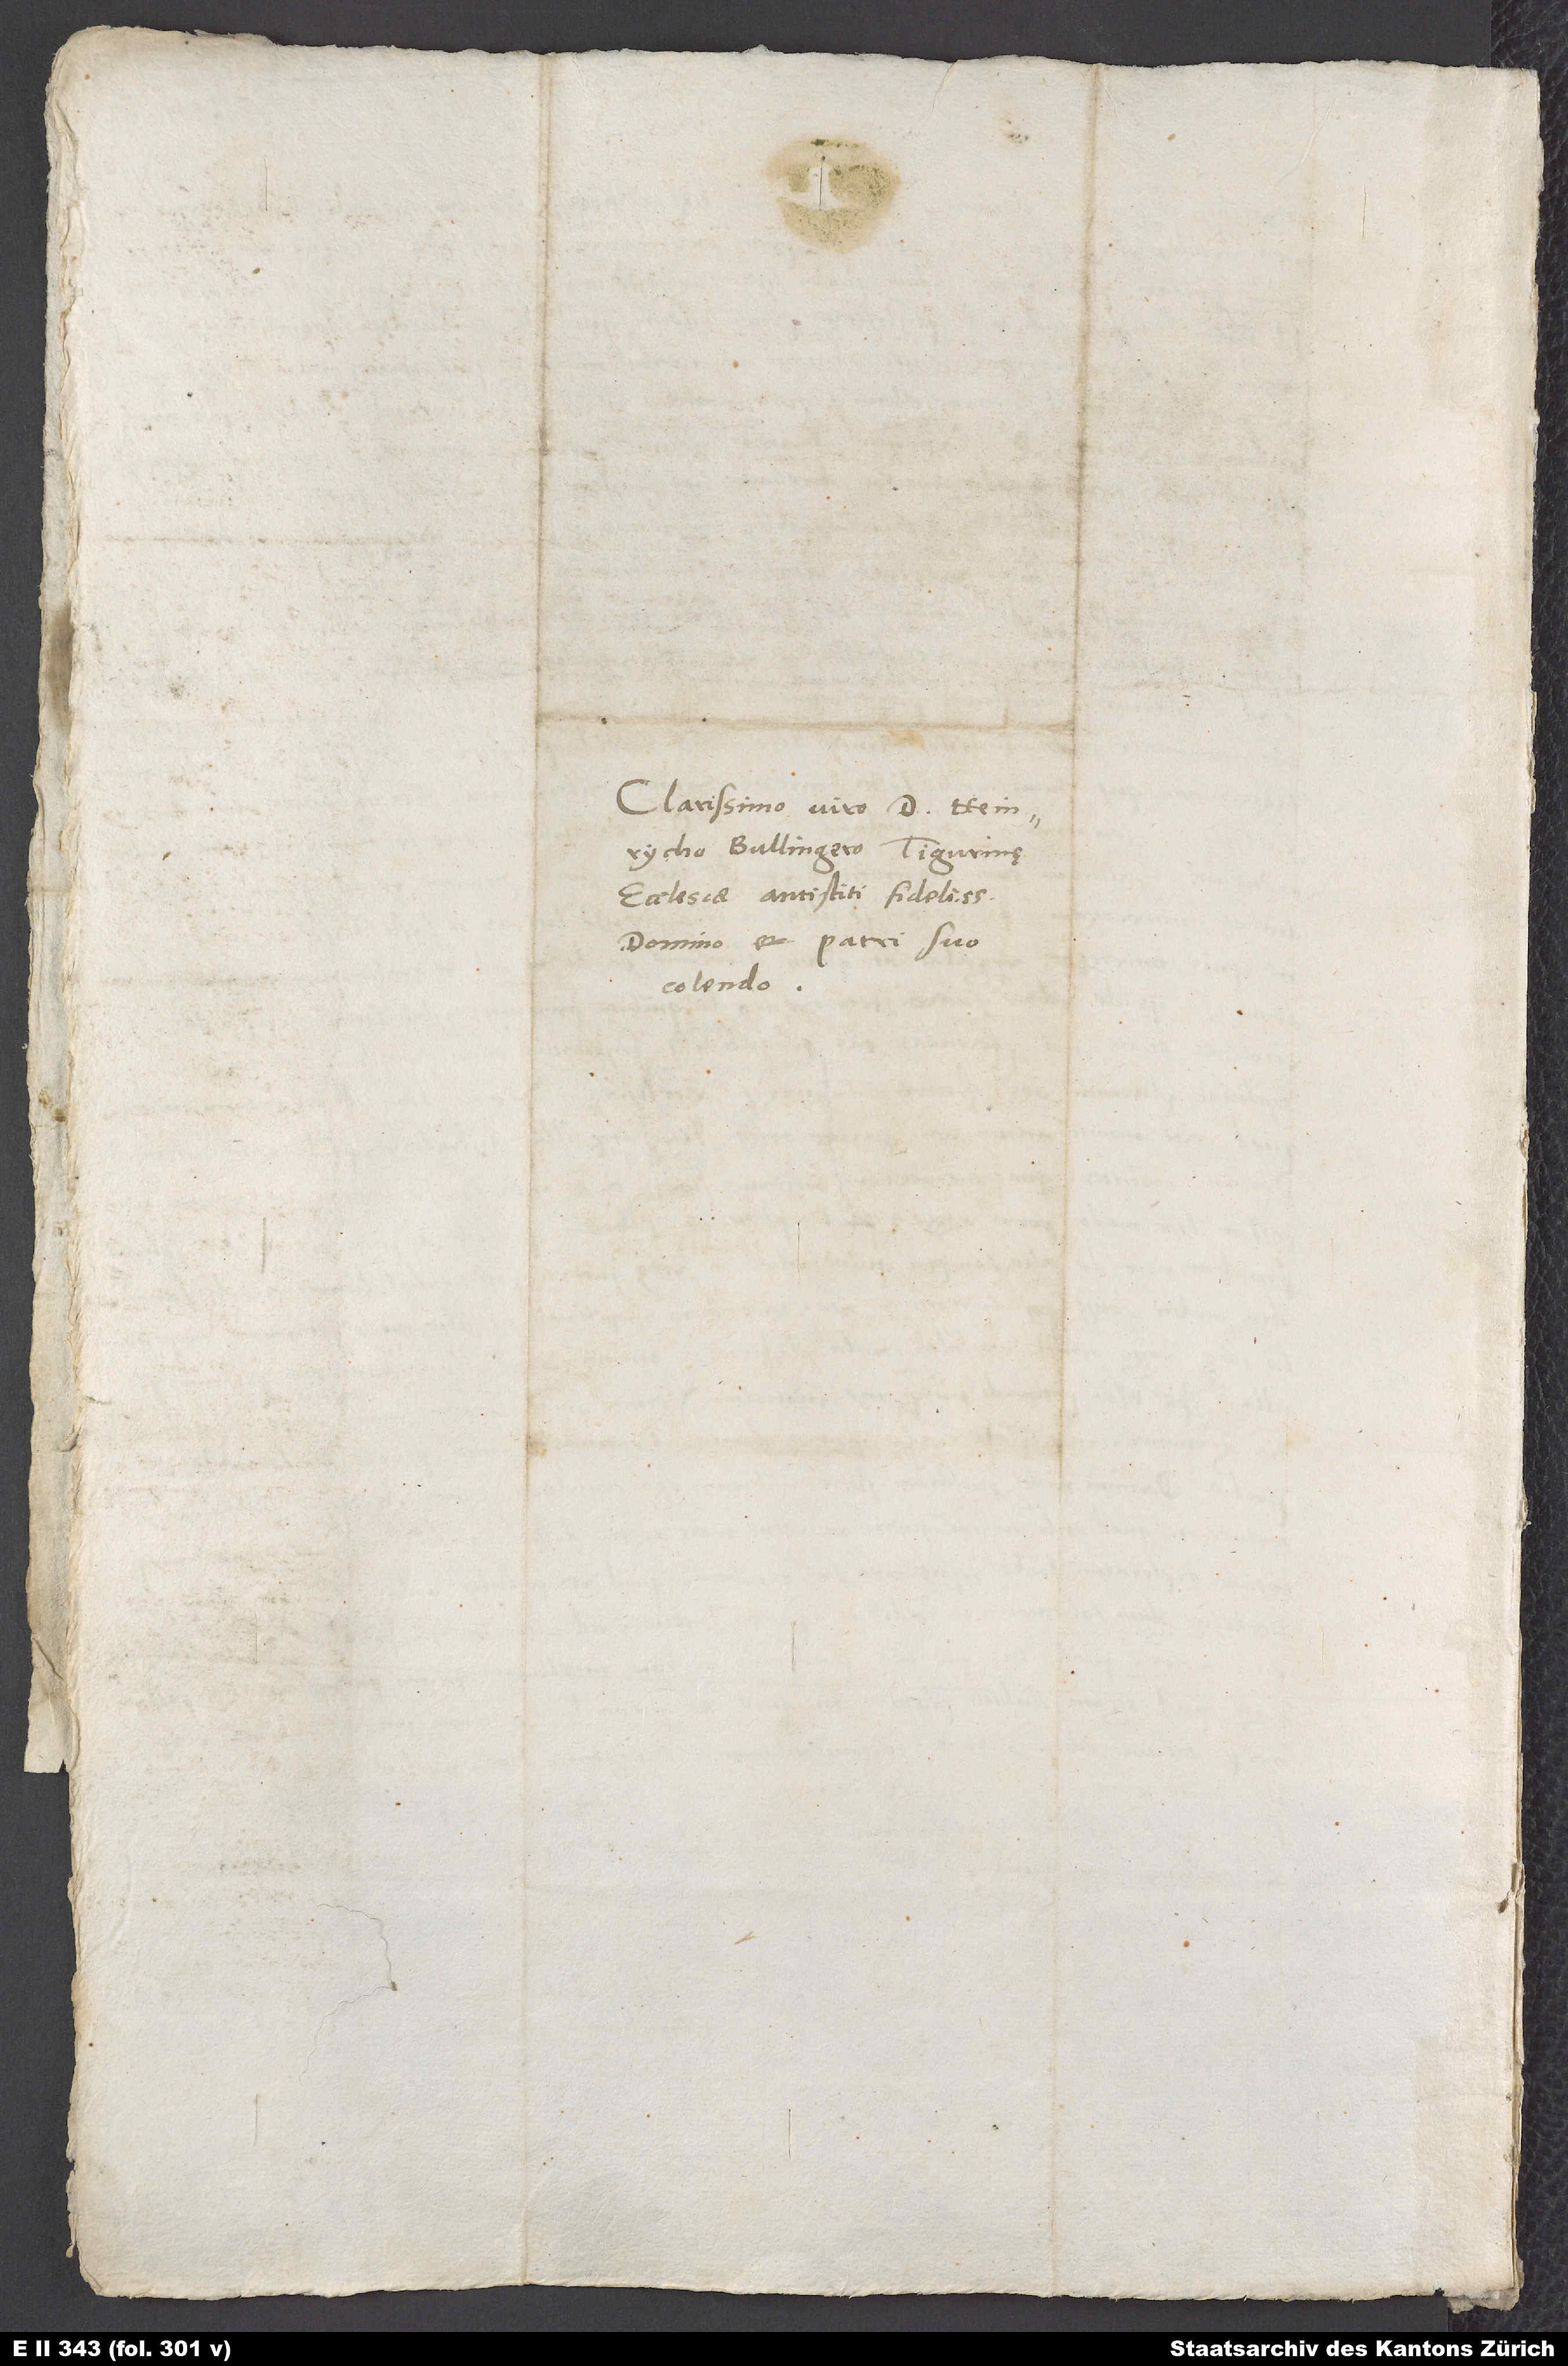
Clarissimo viro d. Heinrycho
Bullingero, Tigurinę
ecclesiae antistiti fidelissimo,
domino et patri suo
colendo.